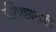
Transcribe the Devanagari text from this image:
प्रशिक्षणाशी